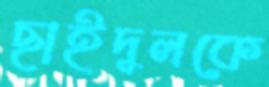
ছাইদুলকে